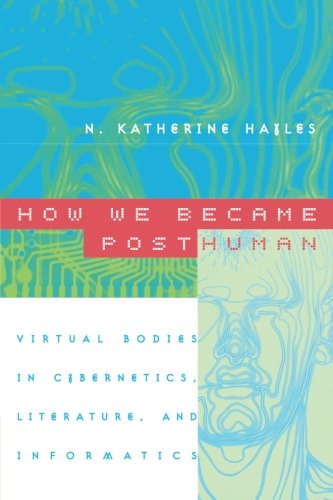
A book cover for How We Became Posthuman: Virtual Bodies in Cybernetics, Literature, and Informatics; N. Katherine Hayles; Computers & Technology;